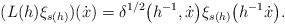
\begin{gather*}(L(h)\xi_{s(h)})(\dot x)=\delta^{1/2}\big(h^{-1},\dot x\big)\xi_{s(h)}\big(h^{-1}\dot x\big).\end{gather*}